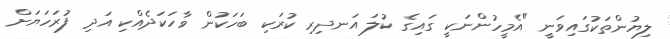
ލިޔުންތަކުގައިވަނީ "އެމީހުންނަކީ ގައިގެ ކުލަ އަނދިރި ކުރަކި ބަހަކުން ވާހަކަދެއްކި އަދި ފުރަހަޔަށް